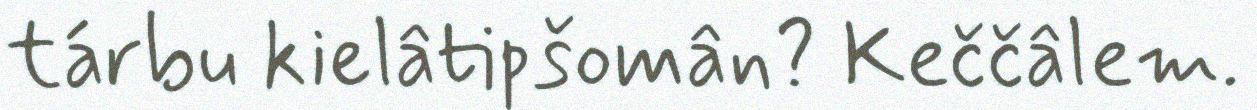
tárbu kielâtipšomân? Keččâlem.